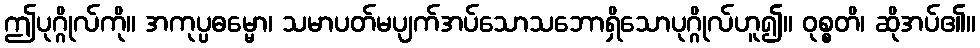
ဤပုဂ္ဂိုလ်ကို။ အကုပ္ပဓမ္မော၊ သမာပတ်မပျက်အပ်သောသဘောရှိသောပုဂ္ဂိုလ်ဟူ၍။ ဝုစ္စတိ၊ ဆိုအပ်၏။